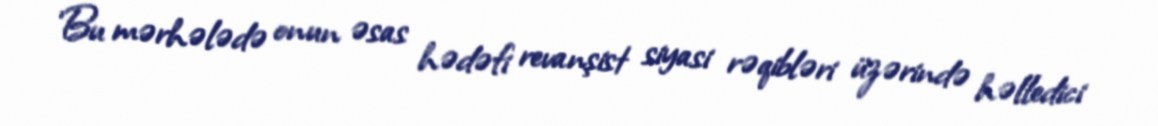
Bu mərhələdə onun əsas hədəfi revanşist siyasi rəqibləri üzərində həlledici